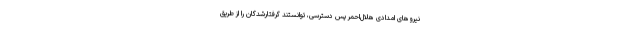
نیروهای امدادی هلال‌احمر پس دسترسی، توانستند گرفتارشدگان را از طریق